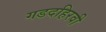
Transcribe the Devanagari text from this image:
गडदहिरवी